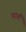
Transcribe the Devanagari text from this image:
परार्थं